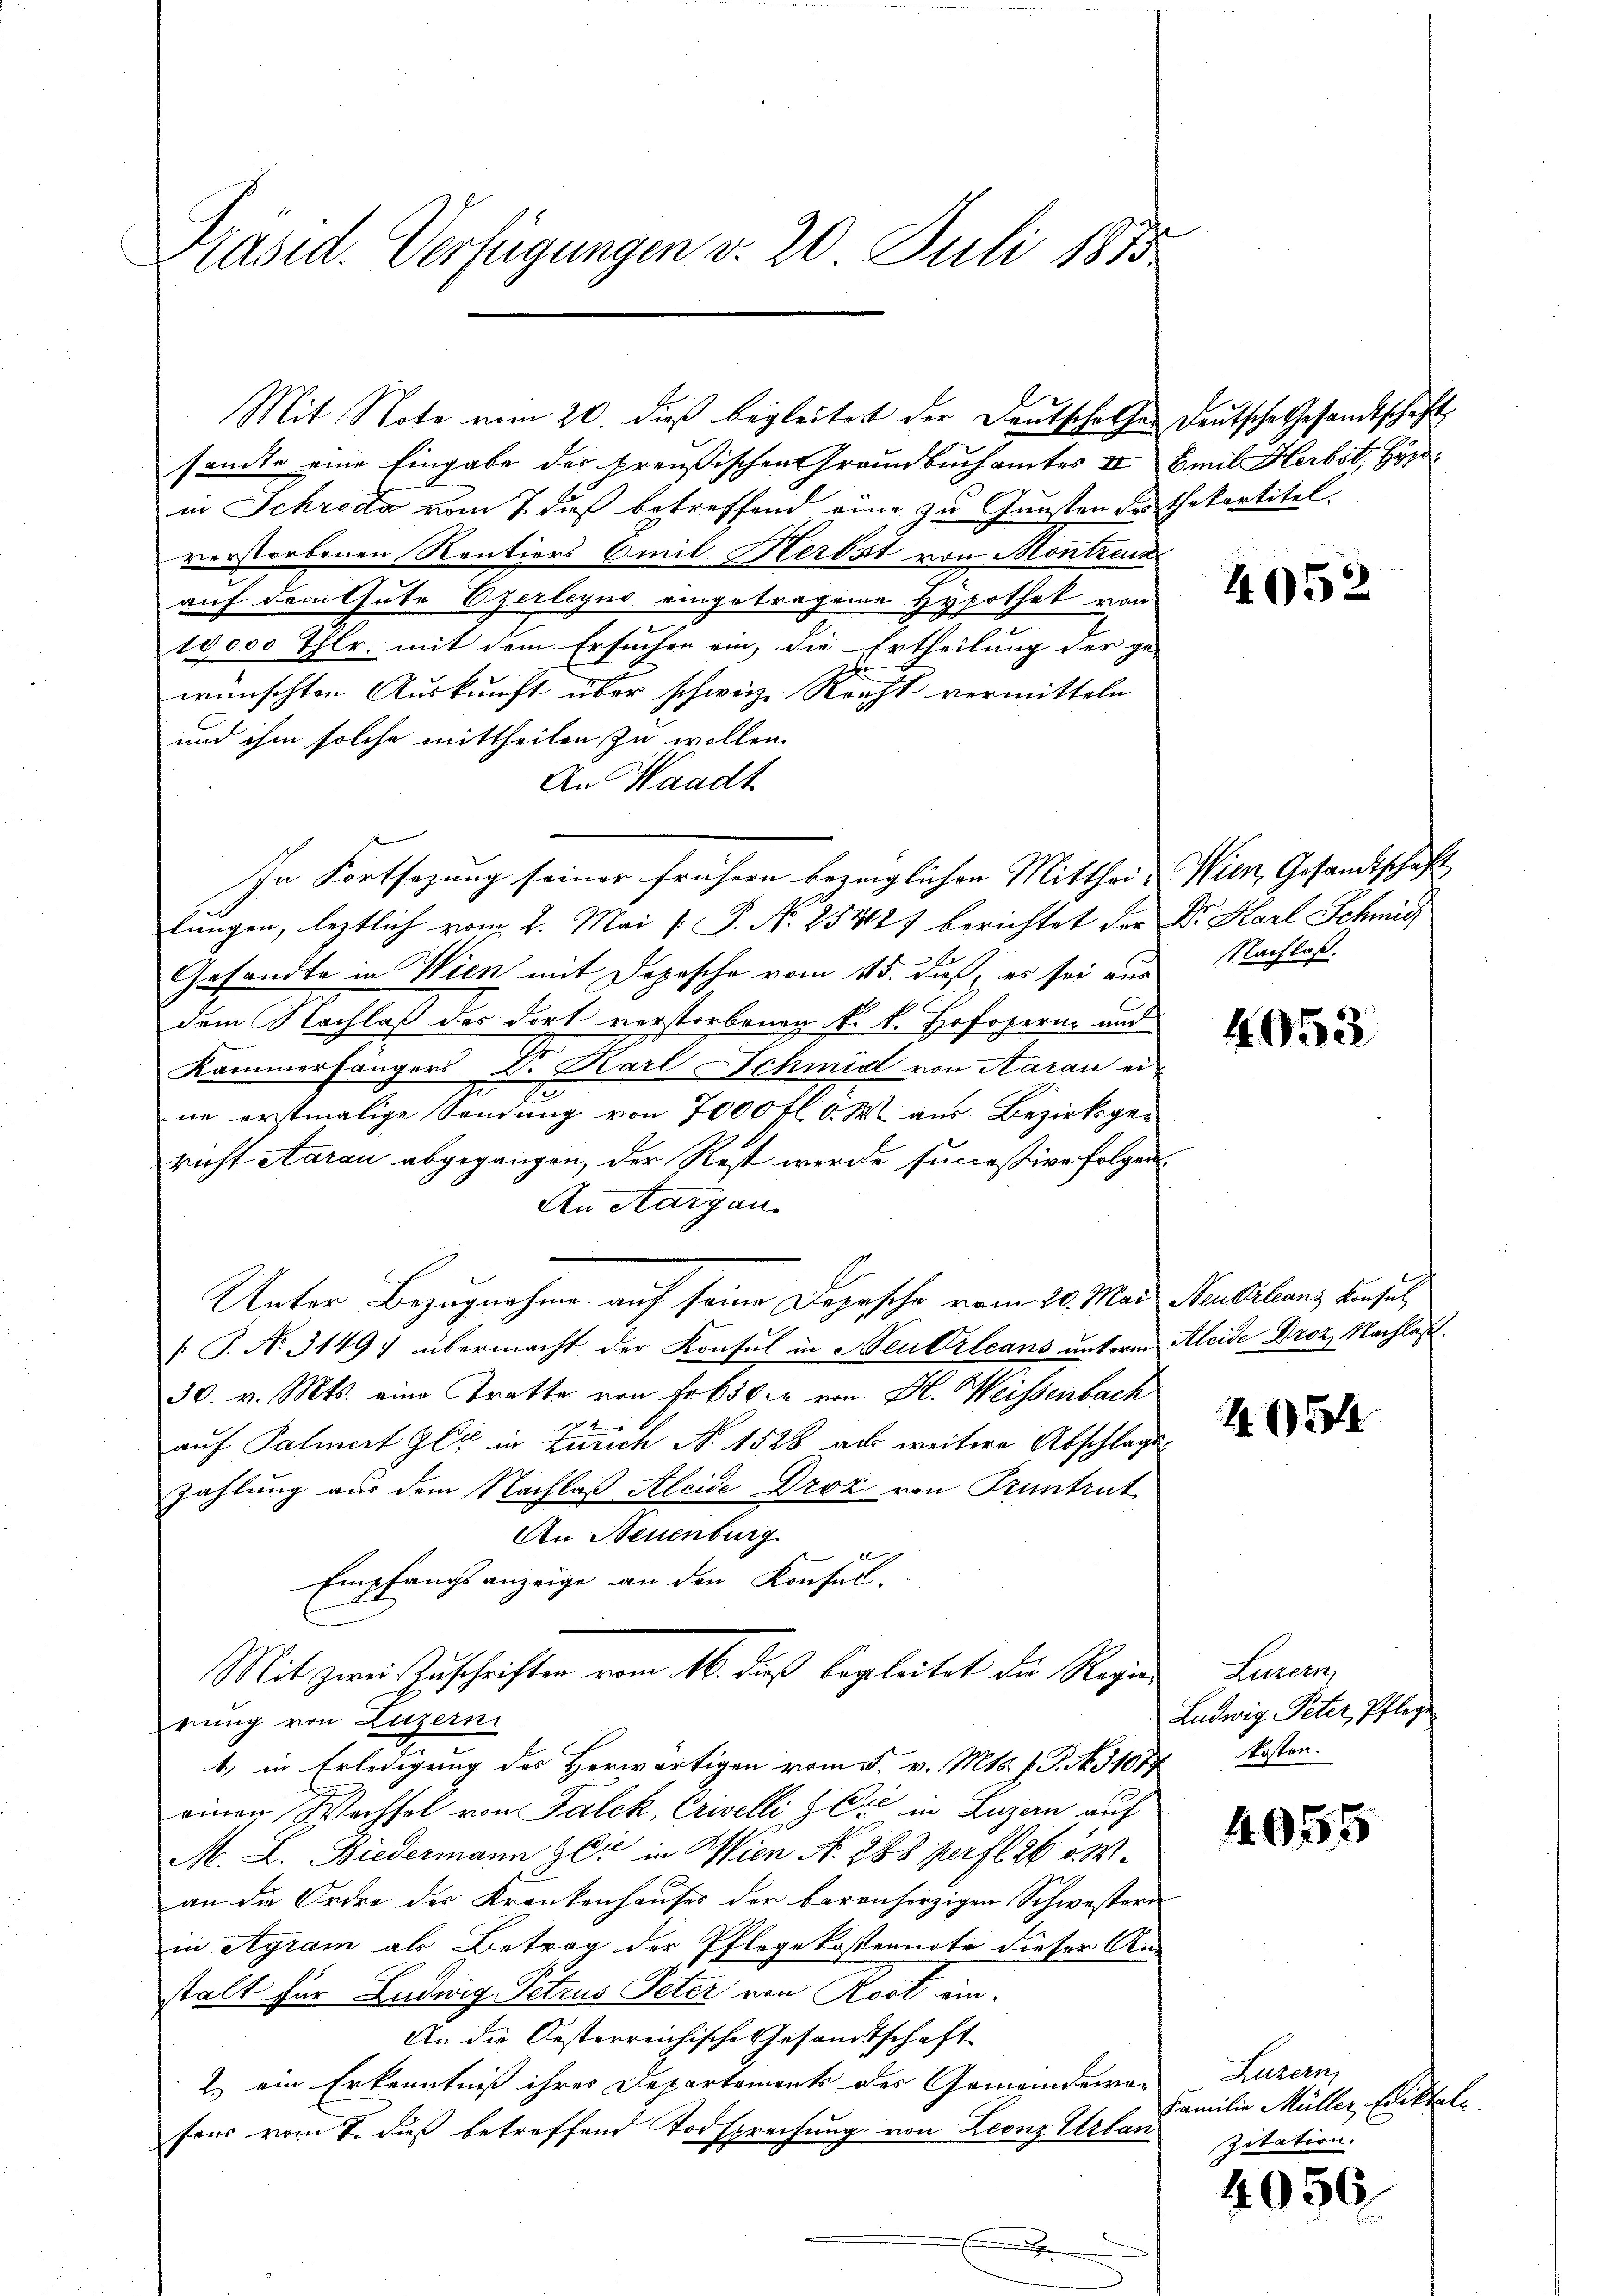
Präsid. Verfügungen v. 20. Juli 1815

Mit Note vom 20. dieß begleitet der Deutschaffen Deutsche Gesandtschaft
sante eine Eingabe der preußischen Grandbuchamtes II Emil Herbst, Hyr
in Schröde vom 7. dieß betreffend eine zu Gunsten der Thekartitel.
verstorbenen Rentiers Emil Herbst von Montrenn
auf dem Gute Czerleyns eingetragene Hypothek von
10000 Thlr. mit dem Ersuchen ein, die Ertheilung der ge-
wünschten Auskunft über schweiz. Recht vermitteln
und ihm solche mittheilen zu wollen.
An Waadt
lungen, leztlich vom 2. Mai [ P. Nr. 25418) berichtet der Dr. Karl Schmid
Gesandte in Wien mit Depesche vom 15. daß, es sei aus
dem Nachlaß des dort verstorbenen k. k. Hofopern- und
Kammerfangers Dr. Karl Schmid von Aarau ei
E
ne ertmalige Sondung von 7000 fl. v. M. aus Bezirksgen
richt Aarau abgegangen, der Rest werde successive folgen¬
An Aargau
Unter Bezugnahme auf seine Depesche vom 20. Mai Neubilanz Konsul,
[: P. No. 3149) übermacht der Konsul in Beurleans unterm Kleide Broz, Nachlaß¬
30. v. Mts. eine Tratte von Fr. 650 er von Fl. Weissenbach
auf Palmert er in Zürich No 1528 aus weitere Abschlage
zahlung aus dem Nachlaß Aleide Droz von Pruntrut
An Neuenburg

Empfangsanzeige an den Konsel.
Mit zwei Zuschriften vom 16. dieß begleitet die Regier
rung von Luzern
1) in Erledigung des Herwärtigen vom 5. v. Mts. f. J. A. 31073
einen Wechsel von Falck, Erwelli & Cie in Luzern auf
M. L. Biedermann gli in Wien N. 283 per fl. 26 v. M.
an die Ordre des Krankenhauses der barenherzigen Schwestern
in Agram als Betrag der Pflegekostennote dieser An-
stalt für Luduig Petrus Peter von Rost ein¬
An die Oesterreichische Gesandtschaft
2.) ein Erkenntniß ihres Departements des Gemeindewefons vom 7. dieß betreffend Todsprechung von Leonz Urban

In Fortsezung seiner frühern bezüglichen Mitthei- Wien, Gesandtschaft

4052

Nachlaß.

4052

454

Luzern,
Ludwig Peter, Pflege
kosten.

4055

Luzern
Familie Müller, Ediktal
Zitation.

4056